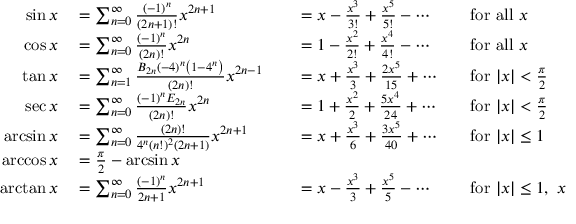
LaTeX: \begin{array} { r l r l r l } { \sin x } & { { } = \sum _ { n = 0 } ^ { \infty } { \frac { ( - 1 ) ^ { n } } { ( 2 n + 1 ) ! } } x ^ { 2 n + 1 } } & { } & { { } = x - { \frac { x ^ { 3 } } { 3 ! } } + { \frac { x ^ { 5 } } { 5 ! } } - \cdots } & { } & { { } { \mathrm { f o r ~ a l l ~ } } x } \\ { \cos x } & { { } = \sum _ { n = 0 } ^ { \infty } { \frac { ( - 1 ) ^ { n } } { ( 2 n ) ! } } x ^ { 2 n } } & { } & { { } = 1 - { \frac { x ^ { 2 } } { 2 ! } } + { \frac { x ^ { 4 } } { 4 ! } } - \cdots } & { } & { { } { \mathrm { f o r ~ a l l ~ } } x } \\ { \tan x } & { { } = \sum _ { n = 1 } ^ { \infty } { \frac { B _ { 2 n } ( - 4 ) ^ { n } \left( 1 - 4 ^ { n } \right) } { ( 2 n ) ! } } x ^ { 2 n - 1 } } & { } & { { } = x + { \frac { x ^ { 3 } } { 3 } } + { \frac { 2 x ^ { 5 } } { 1 5 } } + \cdots } & { } & { { } { \mathrm { f o r ~ } } | x | < { \frac { \pi } { 2 } } } \\ { \sec x } & { { } = \sum _ { n = 0 } ^ { \infty } { \frac { ( - 1 ) ^ { n } E _ { 2 n } } { ( 2 n ) ! } } x ^ { 2 n } } & { } & { { } = 1 + { \frac { x ^ { 2 } } { 2 } } + { \frac { 5 x ^ { 4 } } { 2 4 } } + \cdots } & { } & { { } { \mathrm { f o r ~ } } | x | < { \frac { \pi } { 2 } } } \\ { \arcsin x } & { { } = \sum _ { n = 0 } ^ { \infty } { \frac { ( 2 n ) ! } { 4 ^ { n } ( n ! ) ^ { 2 } ( 2 n + 1 ) } } x ^ { 2 n + 1 } } & { } & { { } = x + { \frac { x ^ { 3 } } { 6 } } + { \frac { 3 x ^ { 5 } } { 4 0 } } + \cdots } & { } & { { } { \mathrm { f o r ~ } } | x | \leq 1 } \\ { \operatorname { a r c c o s } x } & { { } = { \frac { \pi } { 2 } } - \arcsin x } \\ { \arctan x } & { { } = \sum _ { n = 0 } ^ { \infty } { \frac { ( - 1 ) ^ { n } } { 2 n + 1 } } x ^ { 2 n + 1 } } & { } & { { } = x - { \frac { x ^ { 3 } } { 3 } } + { \frac { x ^ { 5 } } { 5 } } - \cdots } & { } & { { } { \mathrm { f o r ~ } } | x | \leq 1 , \ x \neq \pm i } \end{array}